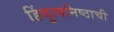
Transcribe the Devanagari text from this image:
हिंदुत्वनिष्ठाची